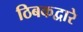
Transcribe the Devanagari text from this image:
ठिबकद्वारे